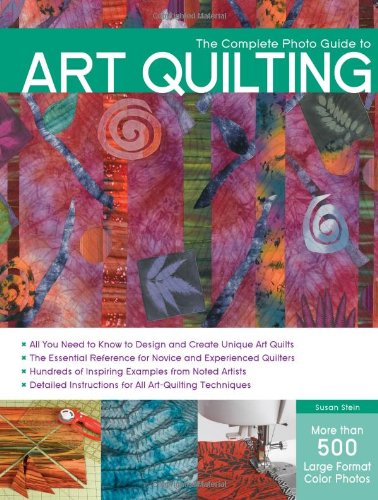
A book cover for The Complete Photo Guide to Art Quilting; Susan Stein; Crafts, Hobbies & Home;